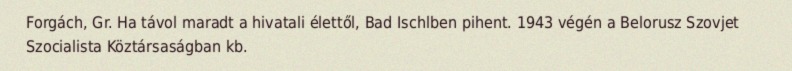
Forgách, Gr. Ha távol maradt a hivatali élettől, Bad Ischlben pihent. 1943 végén a Belorusz Szovjet Szocialista Köztársaságban kb.